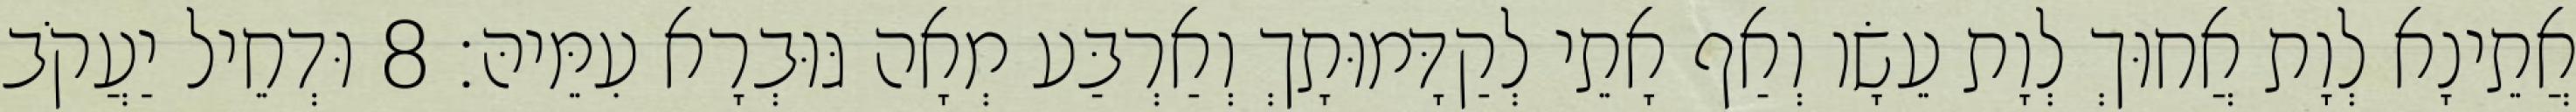
אֲתֵינָא לְוָת אֲחוּךְ לְוָת עֵשָׂו וְאַף אָתֵי לְקַדָּמוּתָךְ וְאַרְבַּע מְאָה גּוּבְרָא עִמֵּיהּ׃ 8 וּדְחֵיל יַעֲקֹב